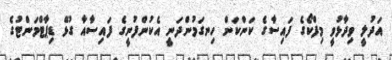
އަދުލީ ވިދާޅުވީ މިފްކޯގެ ފައިސާގެ ކަންކަން ހިނގަމުންދަނީ އެކުންފުނީގެ ފައިސާއާ ގުޅޭ ޑިޕާޓްމަންޓުގެ